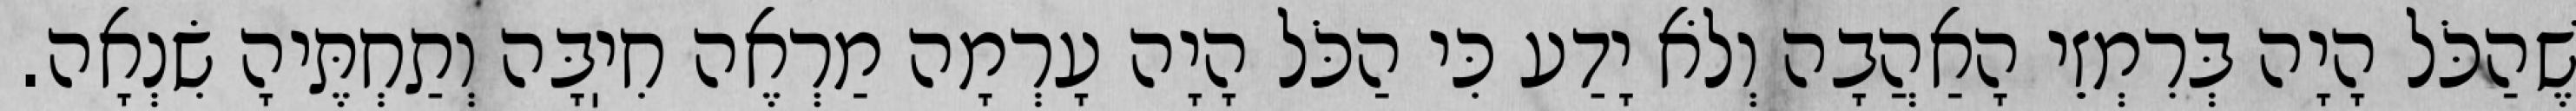
שֶׁהַכֹּל הָיָה בְּרִמְזֵי הָאַהֲבָה וְלֹא יָדַע כִּי הַכֹּל הָיָה עָרְמָה מַרְאֶה חִיֽבָּה וְתַחְתֶּיהָ שִׂנְאָה.